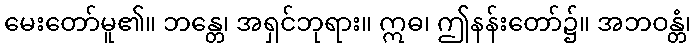
မေးတော်မူ၏။ ဘန္တေ၊ အရှင်ဘုရား။ ဣဓ၊ ဤနန်းတော်၌။ အဘဝန္တံ၊